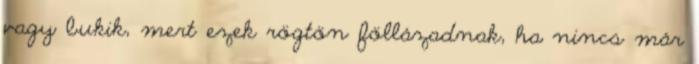
vagy bukik, mert ezek rögtön föllázadnak, ha nincs már